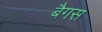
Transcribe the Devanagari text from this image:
बैगस